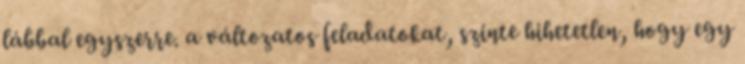
lábbal egyszerre. a változatos feladatokat, szinte hihetetlen, hogy egy